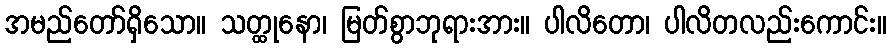
အမည်တော်ရှိသော။ သတ္ထုနော၊ မြတ်စွာဘုရားအား။ ပါလိတော၊ ပါလိတလည်းကောင်း။